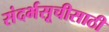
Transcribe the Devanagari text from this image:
संदर्भसूचीसाठी